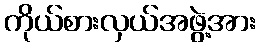
ကိုယ်စားလှယ်အဖွဲ့အား